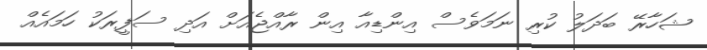
ޝަހާރޭ ބަދަލު ކުރި ނަމަވެސް އިންޑިއާ އިން ރާއްޖެއަށް އަދި ސަފީރަކު ހަމައެއް